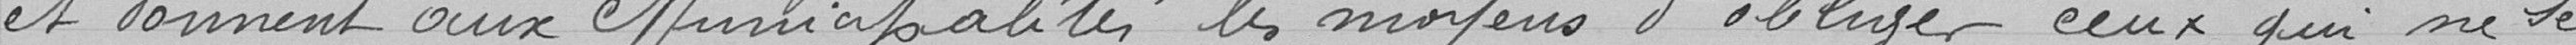
et donnent aux Municipalités les moyens d'obliger ceux qui ne se